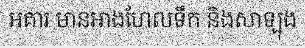
អគារ មានអាងហែលទឹក និងសាឡុង